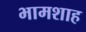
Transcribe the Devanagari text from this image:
भामशाह